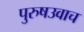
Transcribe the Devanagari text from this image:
पुरुषउवाच